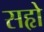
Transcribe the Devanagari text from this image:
सहृो